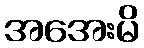
အအေးမိ